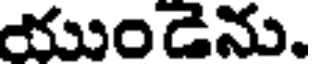
యుండెను.